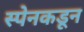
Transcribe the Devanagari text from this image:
स्पेनकडून